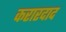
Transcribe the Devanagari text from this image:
करारदाद